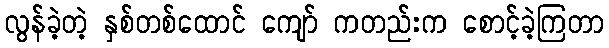
လွန်ခဲ့တဲ့ နှစ်တစ်ထောင် ကျော် ကတည်းက စောင့်ခဲ့ကြတာ